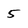
Character: 5